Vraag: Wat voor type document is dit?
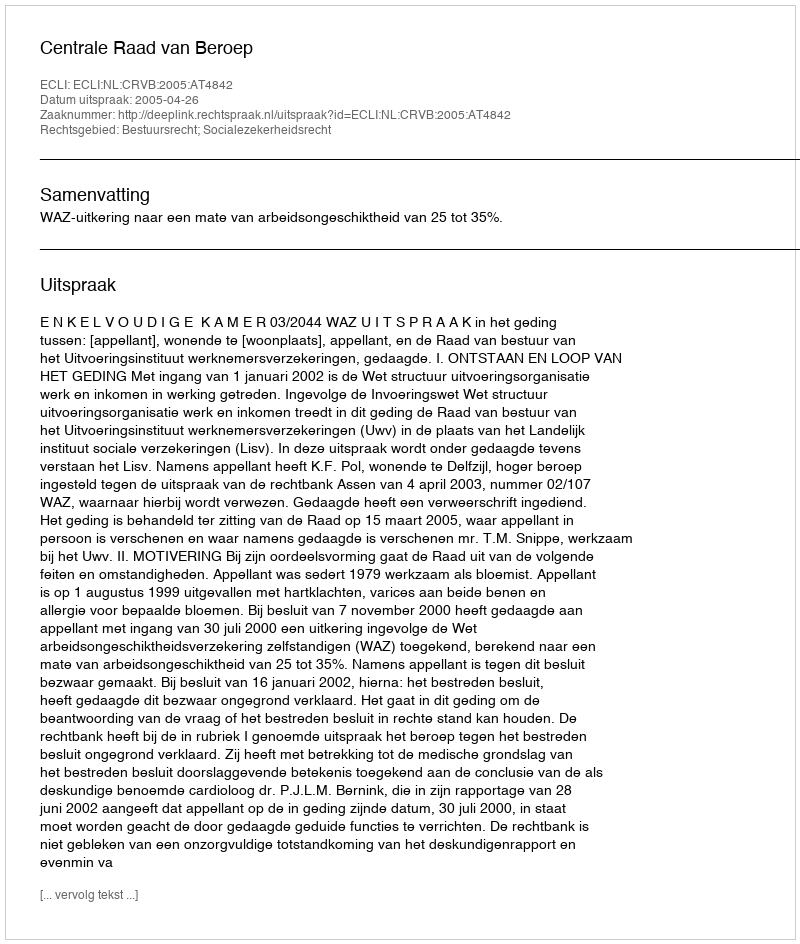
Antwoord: Uitspraak